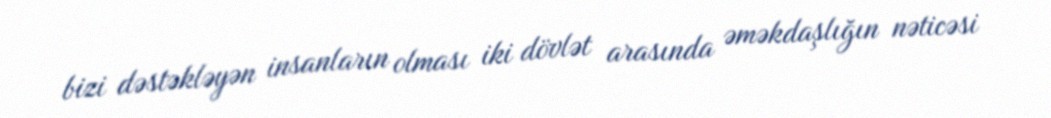
bizi dəstəkləyən insanların olması iki dövlət arasında əməkdaşlığın nəticəsi